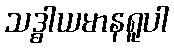
သဒ္ဓါယမာနရူပါ